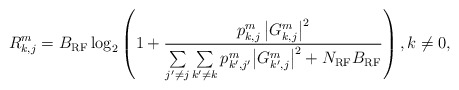
\begin{align*}R_{k,j}^m=B_{\rm RF} \log_2 \left( 1 + \frac{p_{k,j}^m \left|G_{k,j}^m\right|^2}{{\sum\limits_{j'\ne j} \sum\limits_{k'\ne {{k}}} {p_{k',j'}^{{m}} { {{ \left|G_{k',j}^m\right|^2 }} } } } + N_{\rm RF}B_{\rm RF} }\right), k\ne 0,\end{align*}